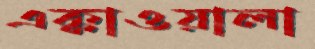
এক্কাওয়ালা